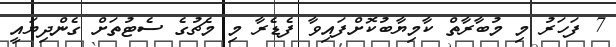
7 ފަހަރު މި މުބާރާތް ކާމިޔާބުކޮށްފައިވާ ފެޑެރާ މި މެޗުގެ ސެޓުތަށް ގެންދިޔައީ